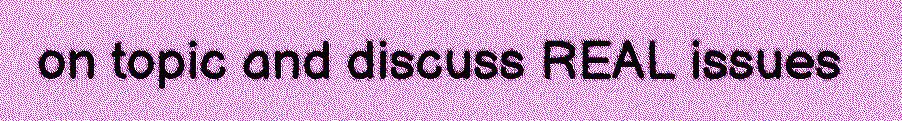
on topic and discuss REAL issues